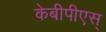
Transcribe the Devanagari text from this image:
केबीपीएस्‌